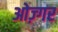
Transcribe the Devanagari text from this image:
ओज़्गर